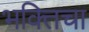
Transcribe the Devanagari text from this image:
भक्तिचा